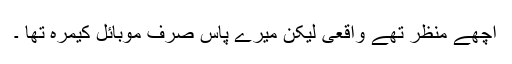
اچھے منظر تھے واقعی لیکن میرے پاس صرف موبائل کیمرہ تھا ۔